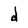
Character: d